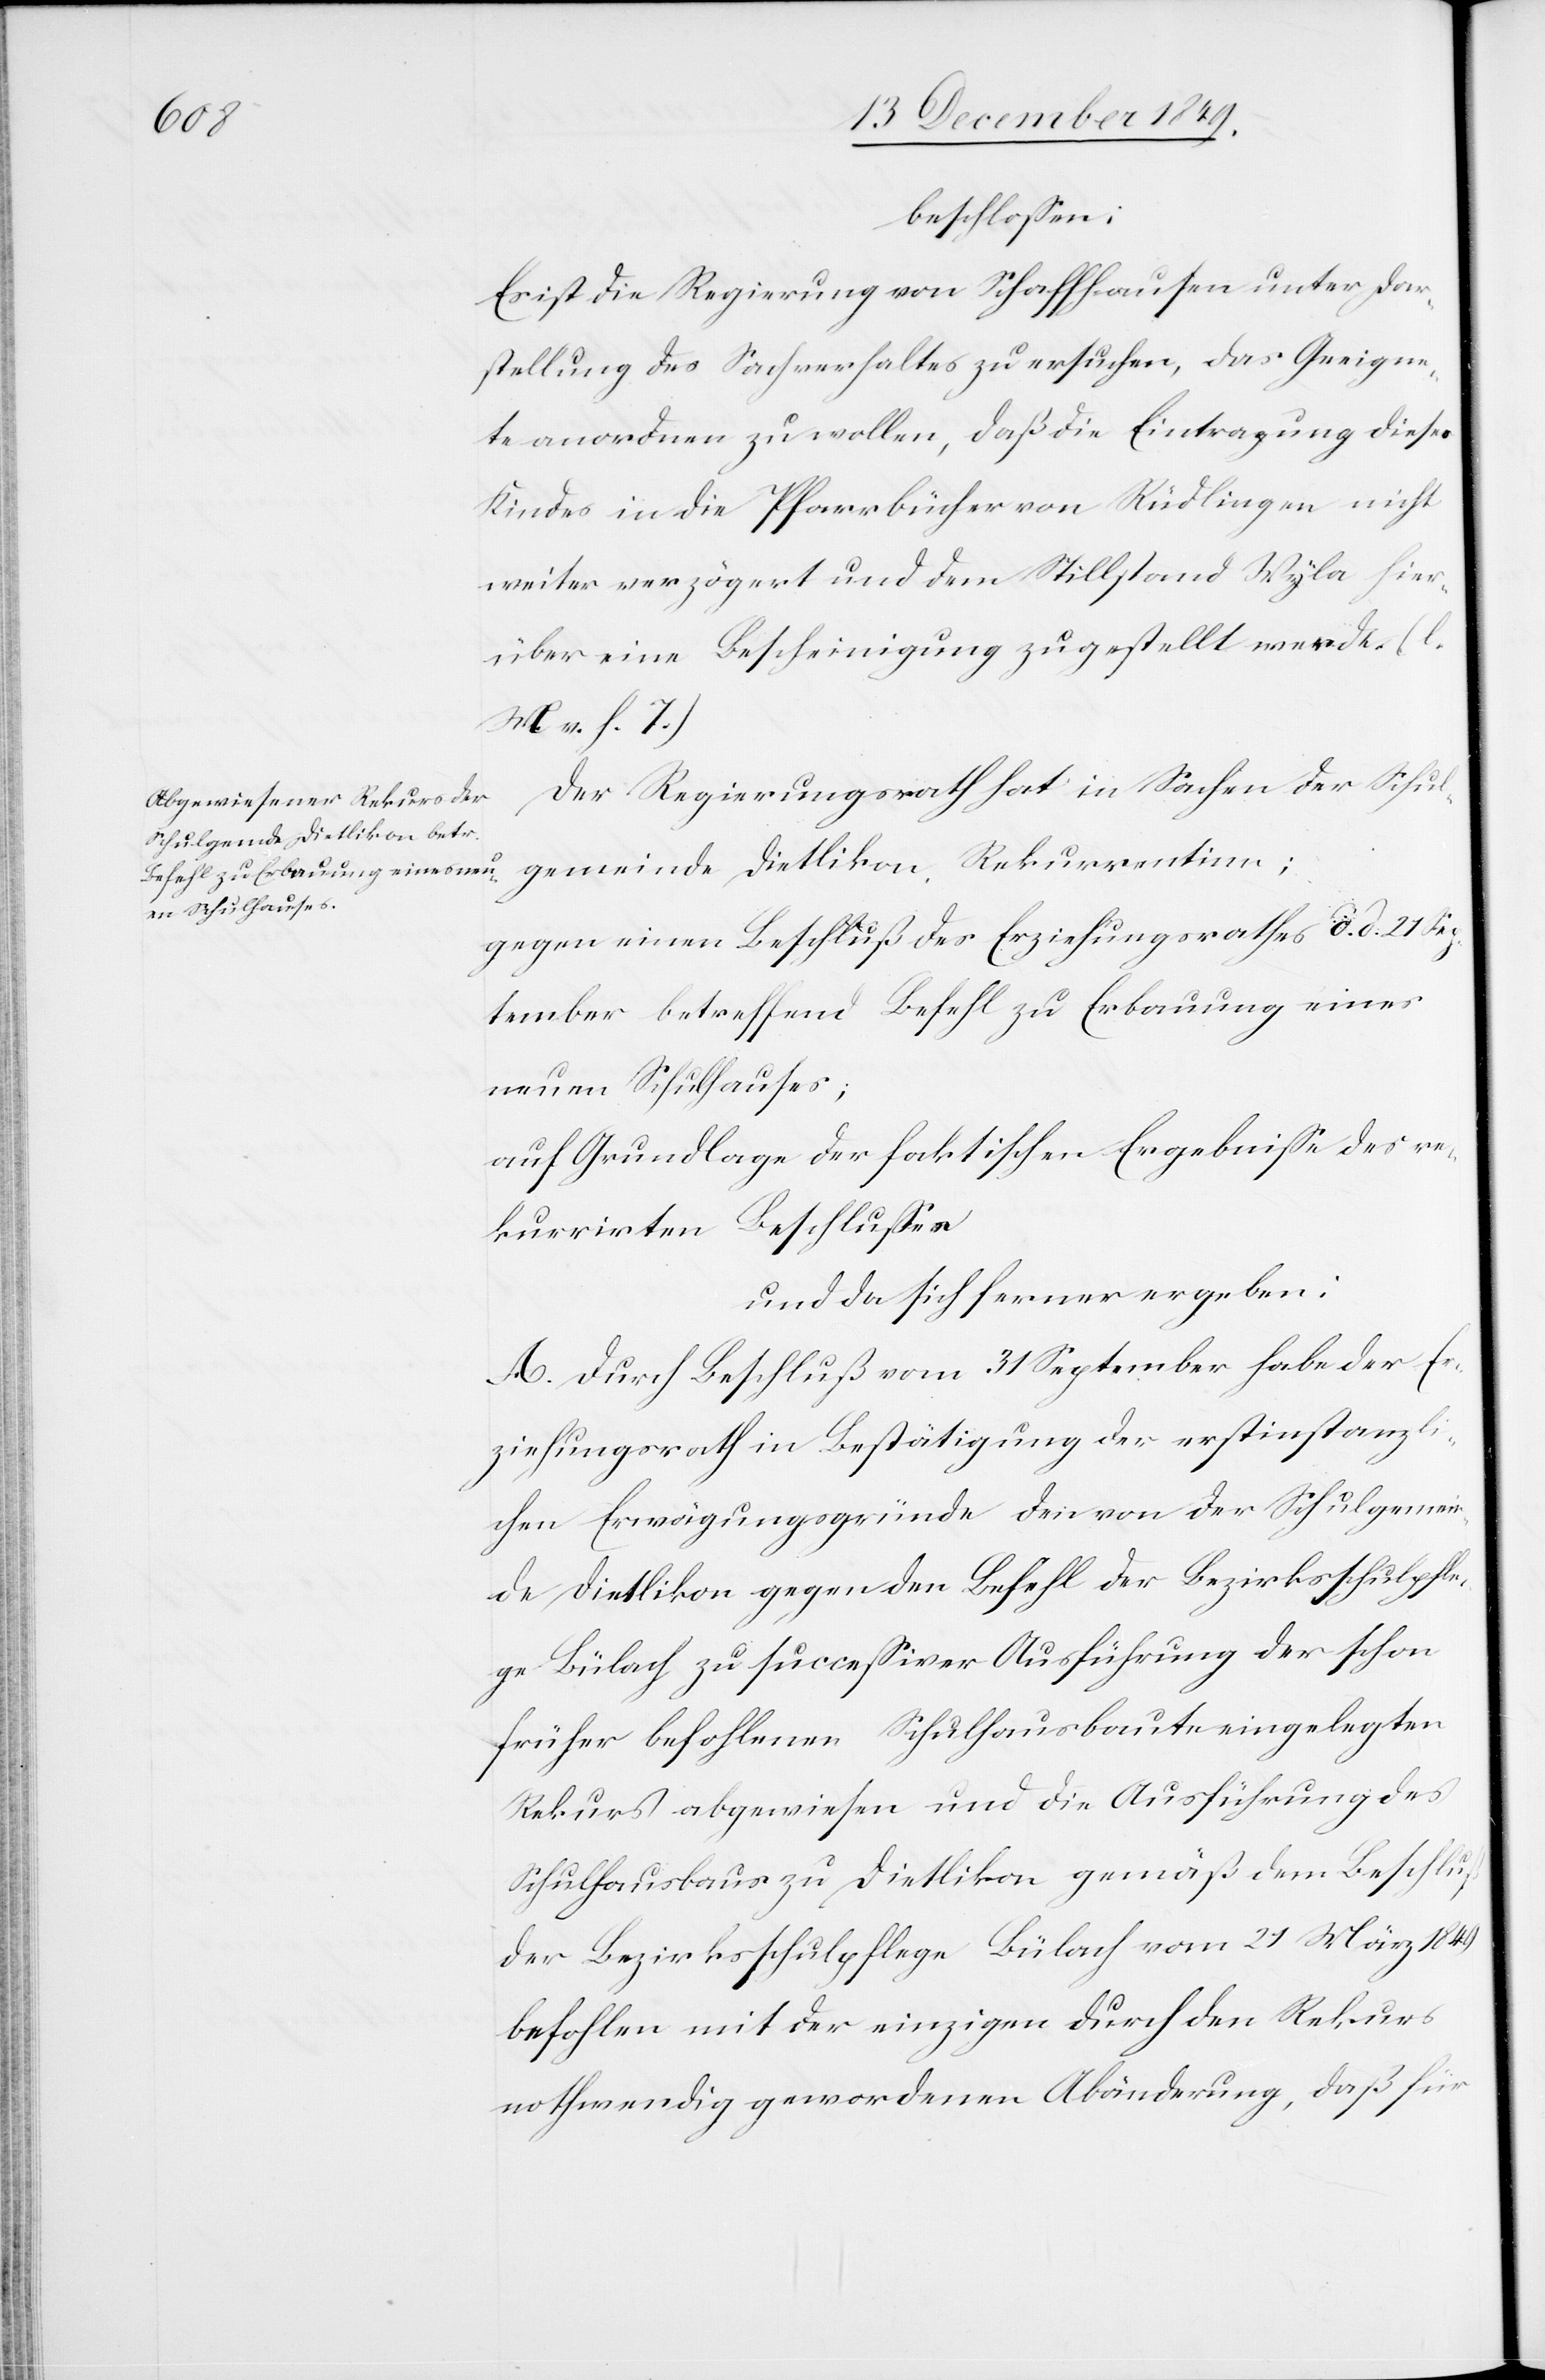
gemeinde
beschloßen:
Es ist die Regierung von Schaffhausen unter Dar¬
stellung des Sachverhaltes zu ersuchen, das Geeigne¬
te anordnen zu wollen, daß die Eintragung dieses
Kindes in die Pfarrbücher von Rüdlingen nicht
weiter verzögert und dem Stillstand Wyla hier¬
über eine Bescheinigung zugestellt werde. [l.
M. v. h. T]
Der Regierungsrath hat in Sachen der Schul¬
gegen einen Beschluß des Erziehungsrathes d. d. 21 Sep¬
tember betreffend Befehl zu Erbauung eines
neuen Schulhauses;
auf Grundlage der faktischen Ergebniße des re¬
kurrirten Beschlußes
und da sich ferner ergeben:
A. Durch Beschluß vom 31 September habe der Er¬
ziehungsrath in Bestätigung der erstinstanzli¬
chen Erwägungsgründe den von der Schulgemein¬
de Dietlikon gegen den Befehl der Bezirksschulpfle¬
ge Bülach zu succeßiver Ausführung der schon
früher befohlenen Schulhausbaute eingelegten
Rekurs abgewiesen und die Ausführung des
Schulhausbaus zu Dietlikon gemäß dem Beschluß
der Bezirksschulpflege Bülach vom 21 März 1849
befohlen mit der einzigen durch den Rekurs
nothwendig gewordenen Abänderung, daß für